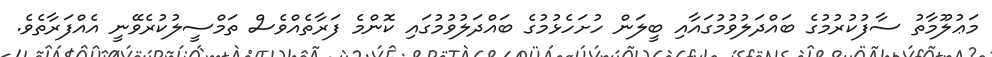
މަޢުލޫމާތު ސާފުކުރުމުގެ ބައްދަލުވުމުގައާއި ބީލަން ހުށަހެޅުމުގެ ބައްދަލުވުމުގައި ކޮންމެ ފަރާތެއްވެސް ތަމްސީލުކުރެވޭނީ އެއްފަރާތެވެ.